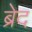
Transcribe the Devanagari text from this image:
ब्रेद